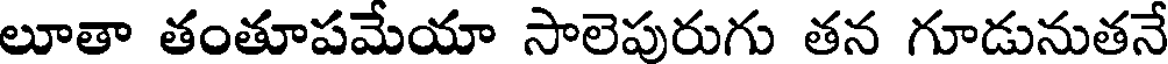
లూతా తంతూపమేయా సాలెపురుగు తన గూడునుతనే